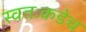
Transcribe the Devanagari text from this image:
स्वतःकडेच